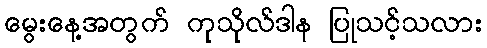
မွေးနေ့အတွက် ကုသိုလ်ဒါန ပြုသင့်သလား